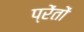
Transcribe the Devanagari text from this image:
प्रेंतों